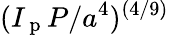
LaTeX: (I_{\mathrm{~p~}}P/a^{4})^{(4/9)}